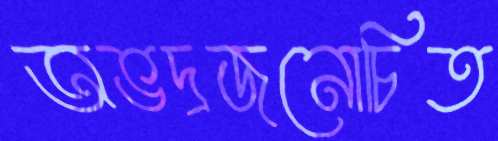
অভদ্রজনোচিত